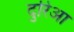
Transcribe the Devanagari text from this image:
दुरिआ